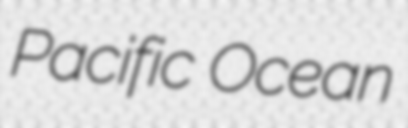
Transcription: Pacific Ocean